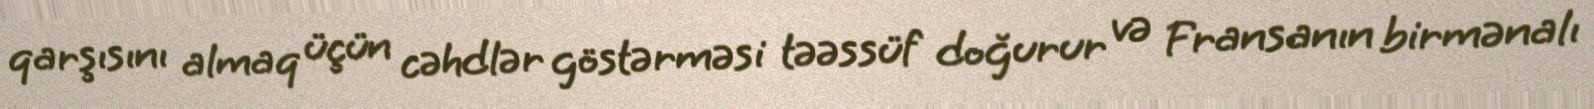
qarşısını almaq üçün cəhdlər göstərməsi təəssüf doğurur və Fransanın birmənalı